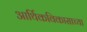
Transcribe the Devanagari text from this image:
आर्थिकविकासाच्या